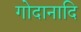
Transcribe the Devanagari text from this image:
गोदानादि